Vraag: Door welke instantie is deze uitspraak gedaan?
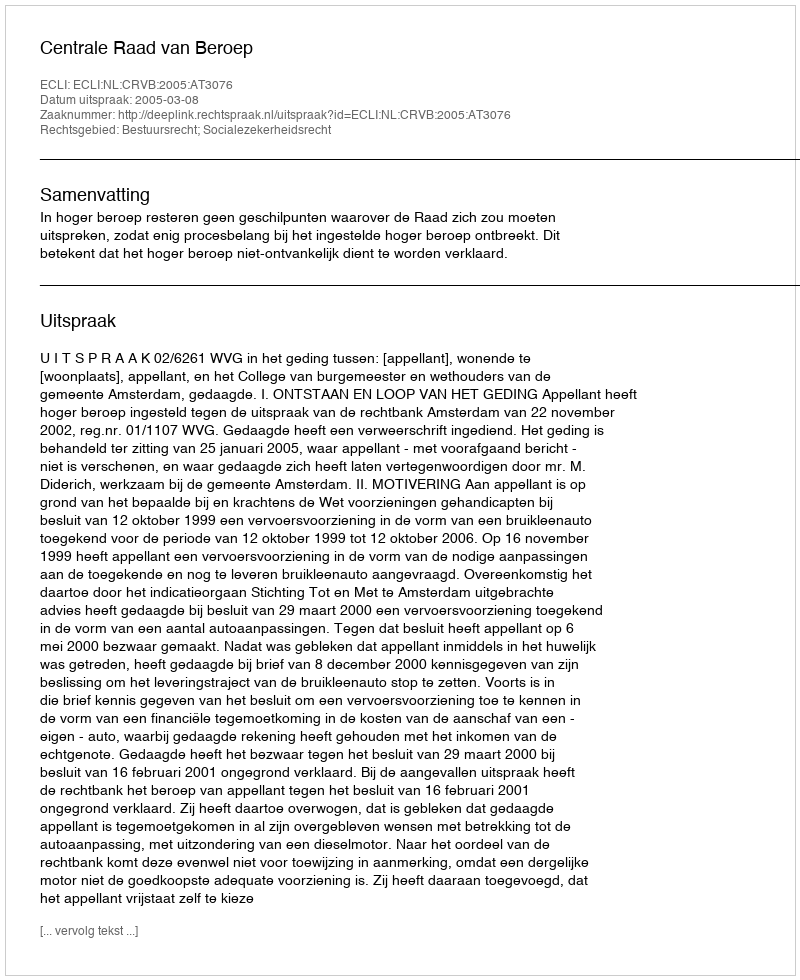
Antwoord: Centrale Raad van Beroep